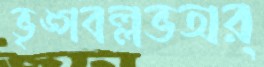
ভৃঙ্গবল্লভঅর্